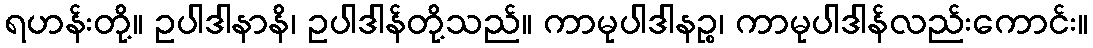
ရဟန်းတို့။ ဥပါဒါနာနိ၊ ဥပါဒါန်တို့သည်။ ကာမုပါဒါနဉ္စ၊ ကာမုပါဒါန်လည်းကောင်း။